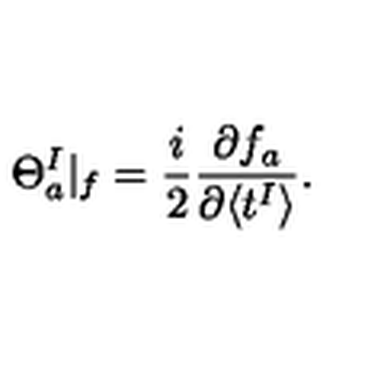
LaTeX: \Theta _ { a } ^ { I } | _ { f } = \frac { i } { 2 } \frac { \partial f _ { a } } { \partial \langle t ^ { I } \rangle } .